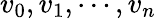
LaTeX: v_{0},v_{1},\cdots,v_{n}